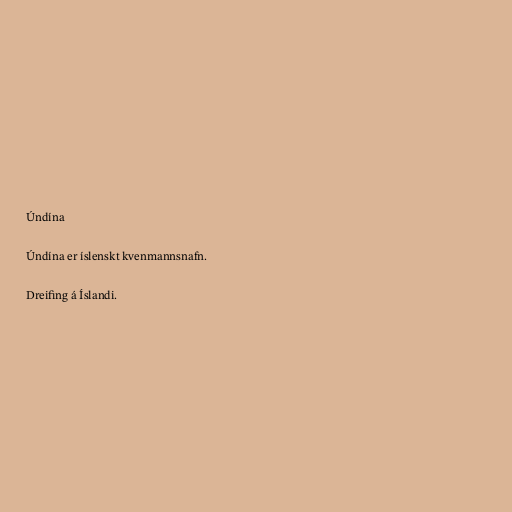
Úndína

Úndína er íslenskt kvenmannsnafn.

Dreifing á Íslandi.